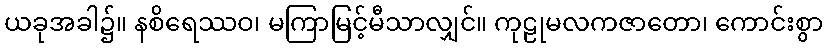
ယခုအခါ၌။ နစိရေဿဝ၊ မကြာမြင့်မီသာလျှင်။ ကုဠုမလကဇာတော၊ ကောင်းစွာ